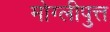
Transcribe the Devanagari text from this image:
मोग्लीपुत्त